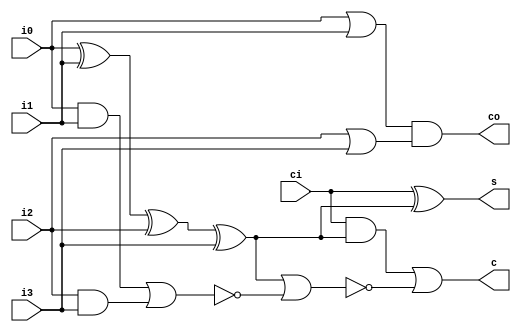
/*****************************************************
*  
*  Last Modify : 2020-03-10
*  Purpose     :
*
*****************************************************/
module counter_5to3 (
  input   wire  i0,
  input   wire  i1, 
  input   wire  i2,
  input   wire  i3,
  input   wire  ci,
  output  wire  s,
  output  wire  c,
  output  wire  co
);

  wire s_temp = i0^i1^i2^i3;
  assign s  = ci^s_temp;
  assign co = (i0|i1) & (i2|i3);
  assign c  = (ci&s_temp) | ~(s_temp | ~((i0&i1) | (i2&i3)));
endmodule